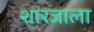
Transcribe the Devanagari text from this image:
शारजाला